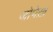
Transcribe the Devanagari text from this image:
जोपेख़